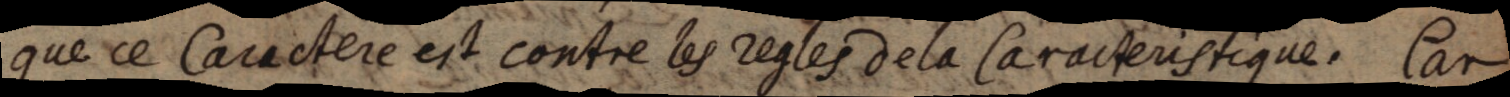
que ce Caractere est contre les regles de la Caracteristique. Car